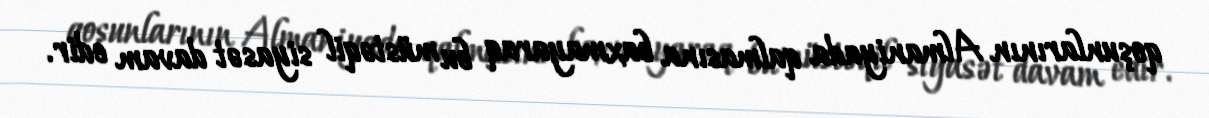
qoşunlarının Almaniyada qalmasına baxmayaraq bu müstəqil siyasət davam edir.